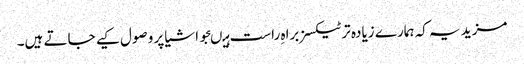
مزید یہ کہ ہمارے زیادہ تر ٹیکسز براہ ِراست ہیںجو اشیا پر وصول کیے جاتے ہیں۔